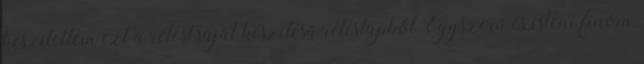
készítettem ezt a rétest,saját készítésű réteslapból.Egyszerű és isteni finom